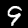
Digit: 9